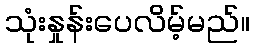
သုံးနှုန်းပေလိမ့်မည်။